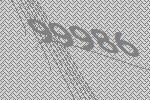
99986